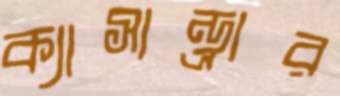
ক্যাসান্ড্রার